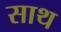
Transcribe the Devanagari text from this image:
साथ